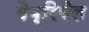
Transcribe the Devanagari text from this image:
गैब्रियैल